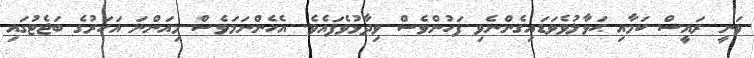
ވަނީ ރައީސް ކަމާއި ޙަވާލުވެވަޑައިގެންނެވި ފަހުންވެސް ވިދާޅުވެފައެވެ. އެހެންނަމަވެސް މިއަންނަ އަހަރުގެ ބަޖެޓުގައި